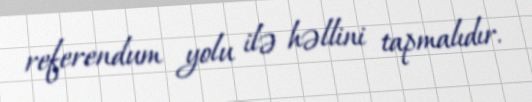
referendum yolu ilə həllini tapmalıdır.